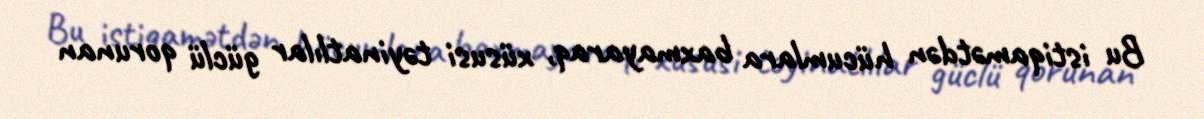
Bu istiqamətdən hücumlara baxmayaraq, xüsusi təyinatlılar güclü qorunan